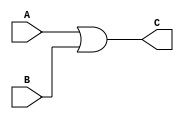
module myor(
input A,B,
output reg C
);

always@(*) begin
	C = A || B;
end
endmodule